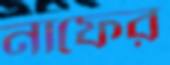
নাফের